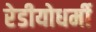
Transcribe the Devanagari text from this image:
रेडीयोधर्मी